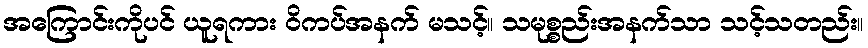
အကြောင်းကိုပင် ယူရကား ဝိကပ်အနက် မသင့်။ သမုစ္စည်းအနက်သာ သင့်သတည်း။